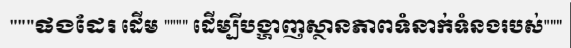
"""ផងដែរ ដើម """" ដើម្បីបង្ហាញស្ថានភាពទំនាក់ទំនងរបស់"""